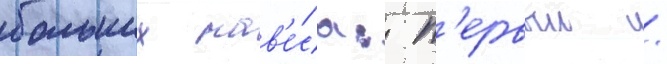
больших нав'е́са: п'ервыи /